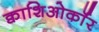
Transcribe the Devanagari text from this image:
क्वाशिओर्कॉर